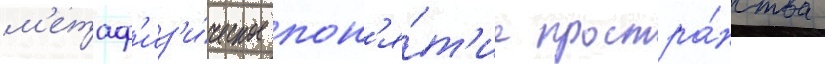
м'етаф'из'и́ческое пон'я́т'ие простра́нства